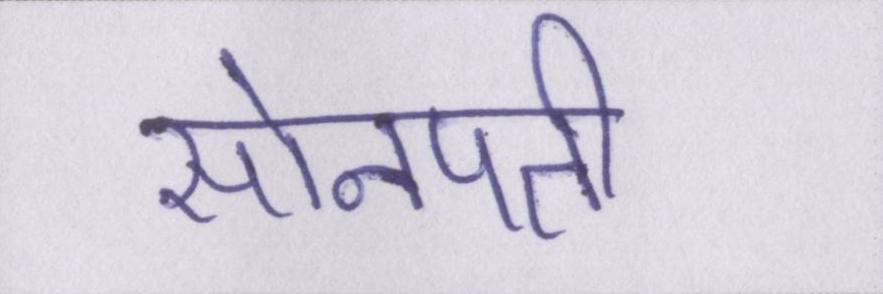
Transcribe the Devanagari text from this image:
सोनपती